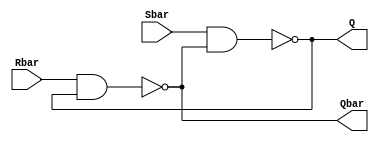
`timescale 1ns / 1ps
//////////////////////////////////////////////////////////////////////////////////
// Company: 
// Engineer: 
// 
// Design Name: 
// Module Name: SR_latch
// Project Name: 
// Target Devices: 
// Tool Versions: 
// Description: 
// 
// Dependencies: 
// 
// Revision:
// Revision 0.01 - File Created
// Additional Comments:
// 
//////////////////////////////////////////////////////////////////////////////////


module SR_latch(Q, Qbar, Sbar, Rbar);

output Q,Qbar;
input Sbar,Rbar;
 
nand n1(Q, Sbar, Qbar);
nand n2(Qbar, Rbar, Q);

endmodule